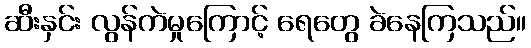
ဆီးနှင်း လွန်ကဲမှုကြောင့် ရေတွေ ခဲနေကြသည်။